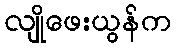
လျိုဖေးယွန်က